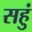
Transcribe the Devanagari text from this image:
सहुं